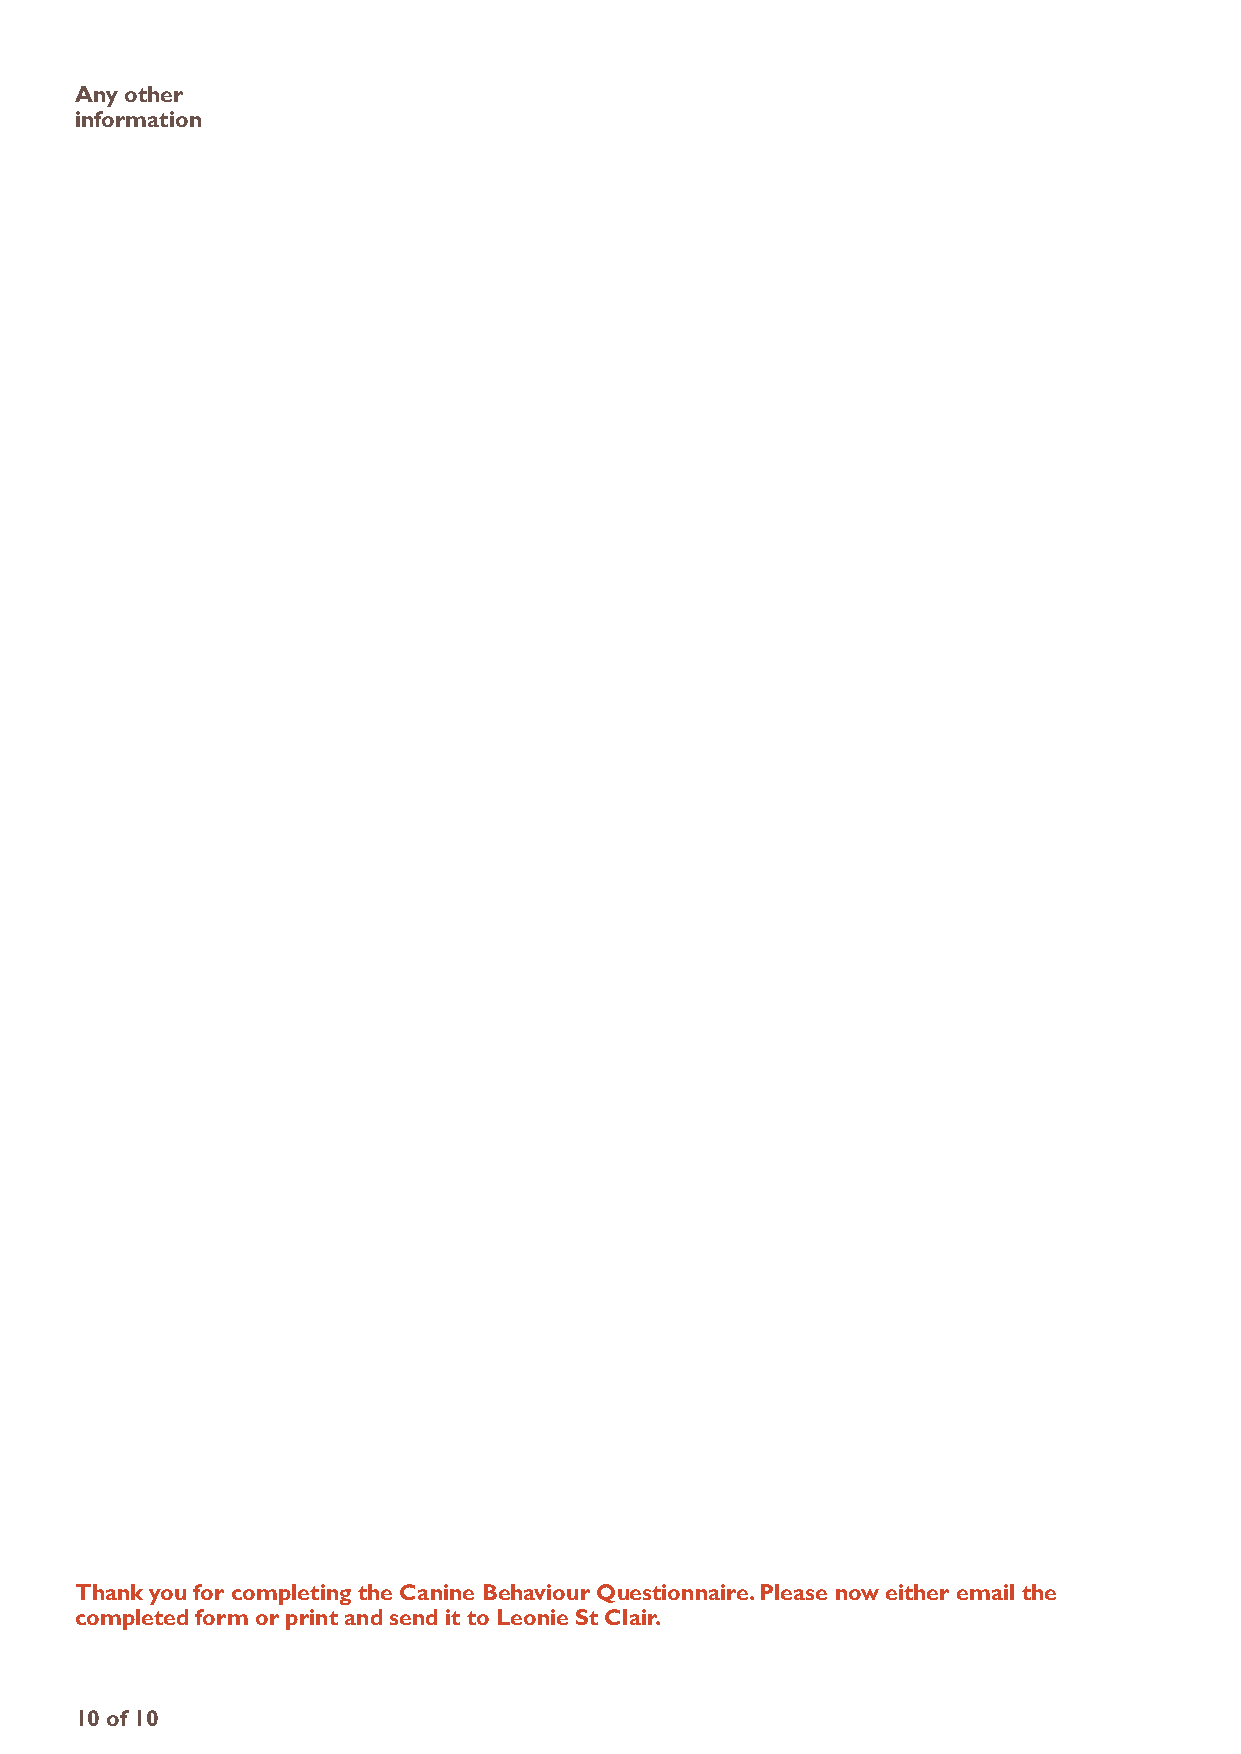
any other
 information
 thank you for completing the Canine behaviour questionnaire. Please now either email the
 completed form or print and send it to Leonie St Clair.
 10 of 10